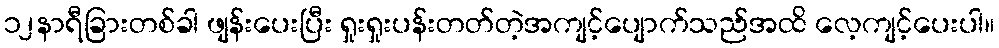
၁၂နာရီခြားတစ်ခါ ဖျန်းပေးပြီး ရှုးရှုးပန်းတတ်တဲ့အကျင့်ပျောက်သည်အထိ လေ့ကျင့်ပေးပါ။